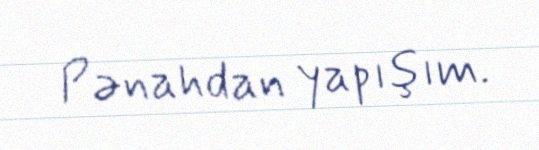
Pənahdan yapışım.